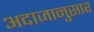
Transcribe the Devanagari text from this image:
अदाजानुसार